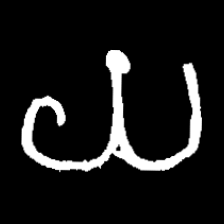
Pyu character \u2014 Myanmar letter: ယ (romanized: ya)